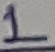
Text: 2